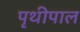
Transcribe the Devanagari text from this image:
पृथीपाल